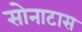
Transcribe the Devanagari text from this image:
सोनाटास